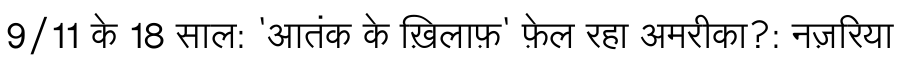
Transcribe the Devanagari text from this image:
9/11 के 18 साल: 'आतंक के ख़िलाफ़' फ़ेल रहा अमरीका?: नज़रिया